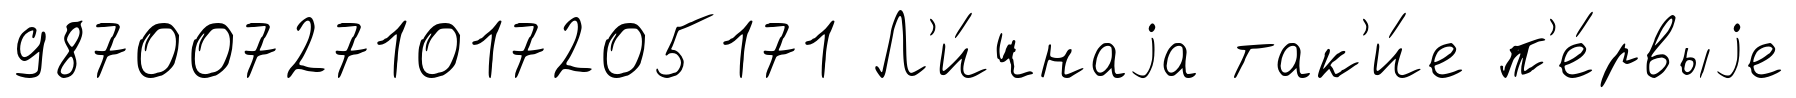
987007271017205171 Л'и́чнаjа так'и́е п'е́рвыjе